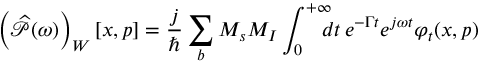
\left( \widehat { \mathcal { P } } ( \omega ) \right) _ { W } [ x , p ] = \frac { j } { \hbar } \sum _ { b } M _ { s } M _ { I } \int _ { 0 } ^ { + \infty } \! \! \! \! d t \, e ^ { - \Gamma t } e ^ { j \omega t } \varphi _ { t } ( x , p )